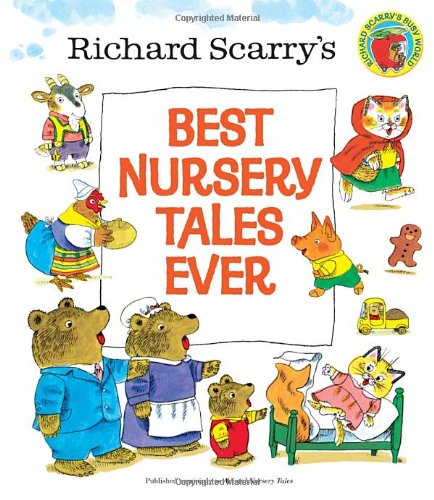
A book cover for Richard Scarry's Best Nursery Tales Ever; Richard Scarry; Children's Books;